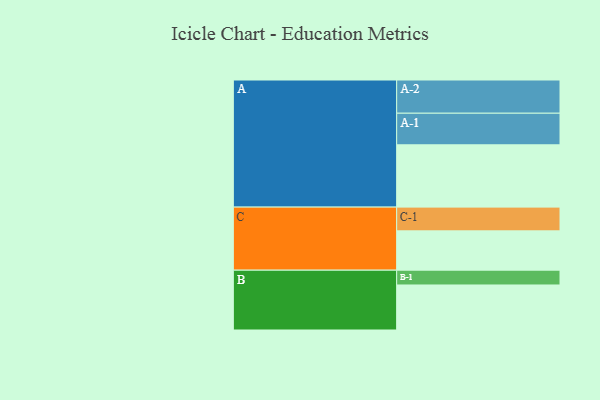
{"axis": {"x": "Segment", "y": "Value"}, "legend": ["", "A", "B", "C"], "data": [{"x": "A", "y": 501, "type": ""}, {"x": "B", "y": 362, "type": ""}, {"x": "C", "y": 316, "type": ""}, {"x": "A-1", "y": 254, "type": "A"}, {"x": "A-2", "y": 267, "type": "A"}, {"x": "B-1", "y": 119, "type": "B"}, {"x": "C-1", "y": 191, "type": "C"}]}